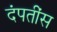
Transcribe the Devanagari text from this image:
दंपतींस